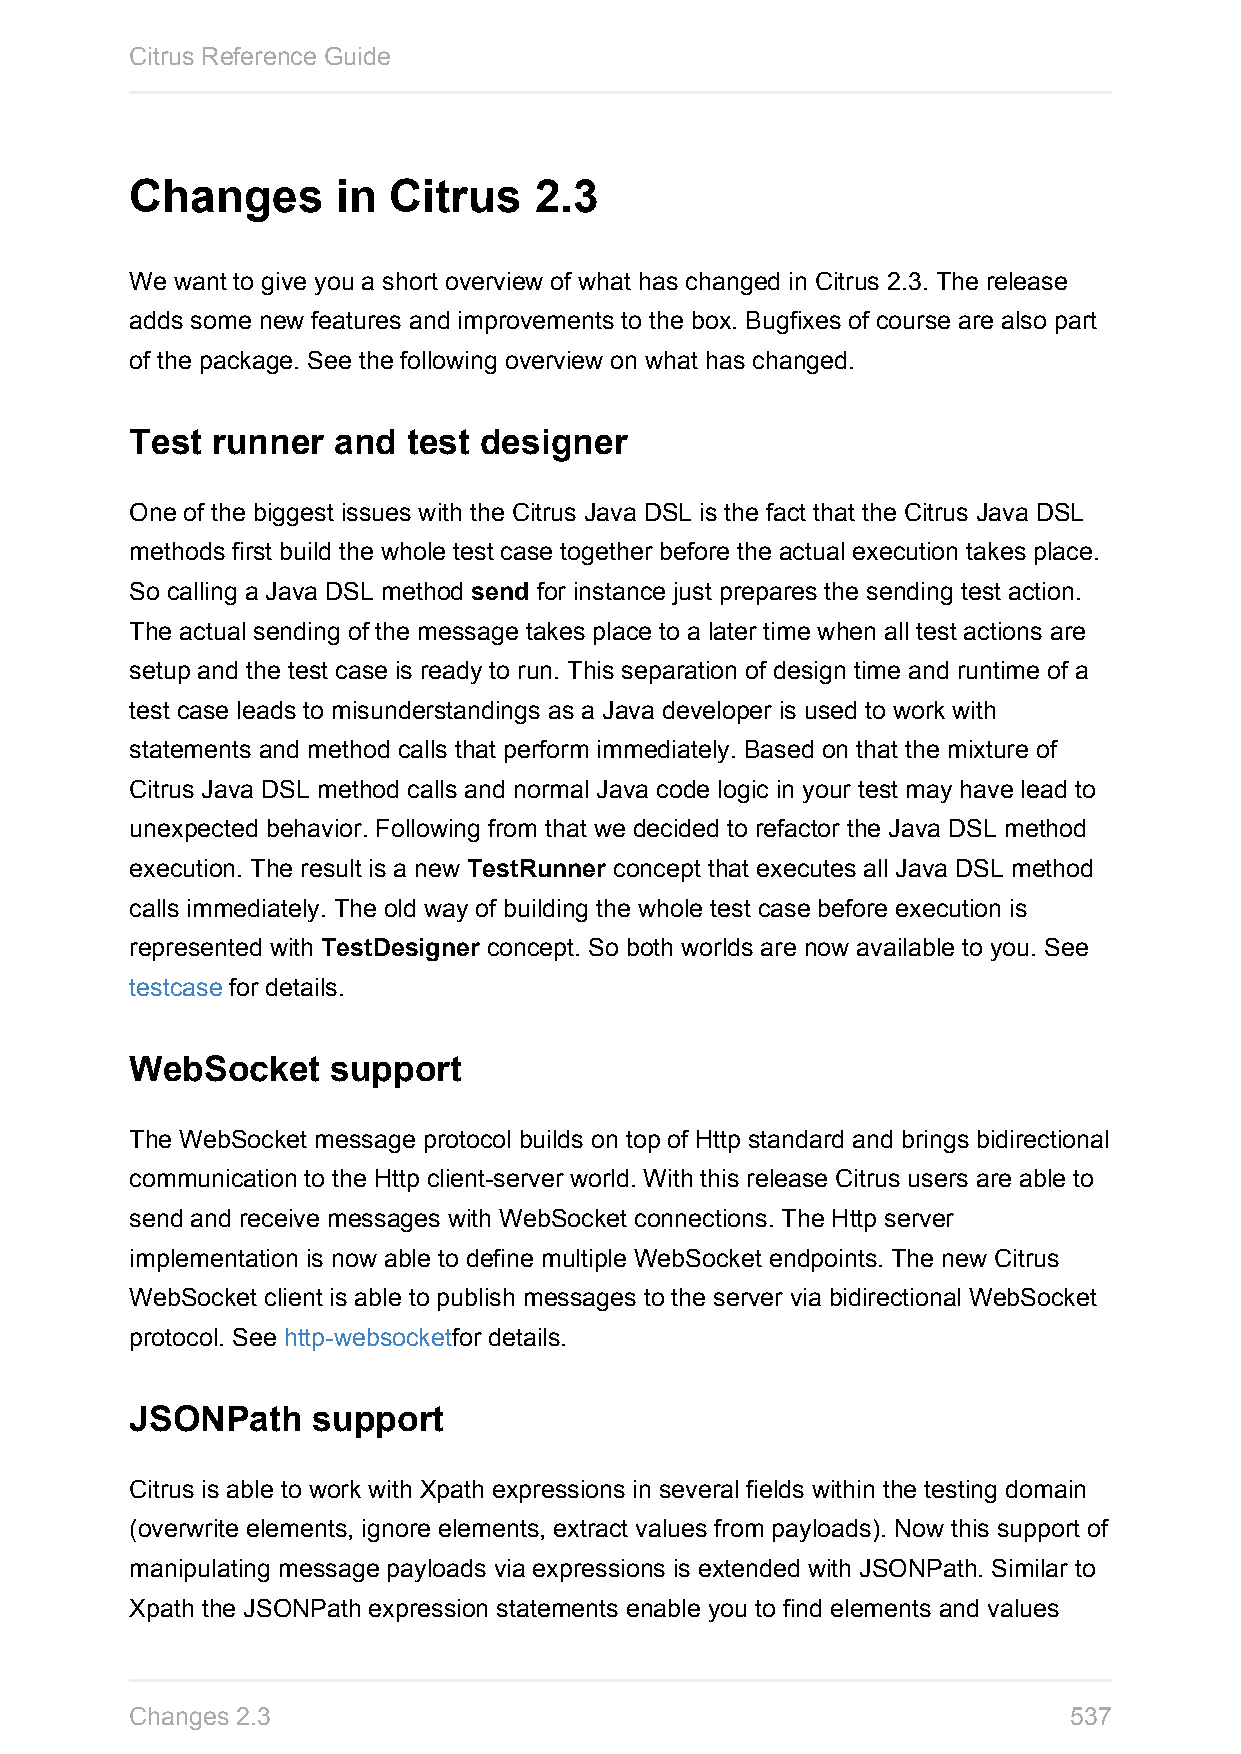
Citrus Reference Guide
 Changes      in  Citrus   2.3
 We want to give you a short overview of what has changed in Citrus 2.3. The release
 adds some new features and improvements to the box. Bugfixes of course are also part
 of the package. See the following overview on what has changed.
 Test runner  and  test designer
 One of the biggest issues with the Citrus Java DSL is the fact that the Citrus Java DSL
 methods first build the whole test case together before the actual execution takes place.
 So calling a Java DSL method send for instance just prepares the sending test action.
 The actual sending of the message takes place to a later time when all test actions are
 setup and the test case is ready to run. This separation of design time and runtime of a
 test case leads to misunderstandings as a Java developer is used to work with
 statements and method calls that perform immediately. Based on that the mixture of
 Citrus Java DSL method calls and normal Java code logic in your test may have lead to
 unexpected behavior. Following from that we decided to refactor the Java DSL method
 execution. The result is a new TestRunner concept that executes all Java DSL method
 calls immediately. The old way of building the whole test case before execution is
 represented with TestDesigner concept. So both worlds are now available to you. See
 testcase for details.
 WebSocket    support
 The WebSocket message protocol builds on top of Http standard and brings bidirectional
 communication to the Http client-server world. With this release Citrus users are able to
 send and receive messages with WebSocket connections. The Http server
 implementation is now able to define multiple WebSocket endpoints. The new Citrus
 WebSocket client is able to publish messages to the server via bidirectional WebSocket
 protocol. See http-websocketfor details.
 JSONPath    support
 Citrus is able to work with Xpath expressions in several fields within the testing domain
 (overwrite elements, ignore elements, extract values from payloads). Now this support of
 manipulating message payloads via expressions is extended with JSONPath. Similar to
 Xpath the JSONPath expression statements enable you to find elements and values
 Changes 2.3                                                   537